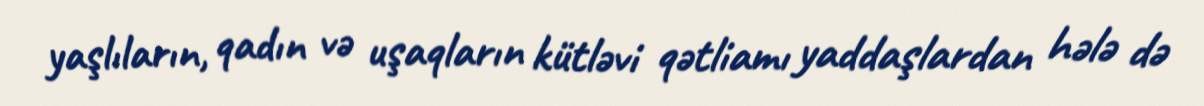
yaşlıların, qadın və uşaqların kütləvi qətliamı yaddaşlardan hələ də